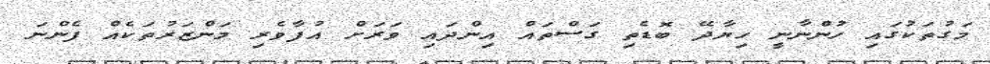
މަގުތަކުގައި ހުންނާނީ ހިޔާދޭ ބޮޑެތި ގަސްތައް އިންދައި ވަރަށް އުފާވެރި މަންޒަރުތަކެއް ފެންނަ